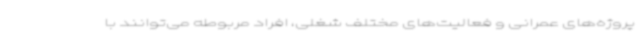
پروژه‌های عمرانی و فعالیت‌های مختلف شغلی، افراد مربوطه می‌توانند با